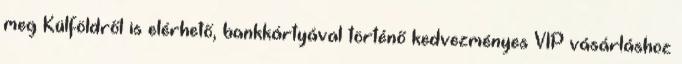
meg Külföldről is elérhető, bankkártyával történő kedvezményes VIP vásárláshoz